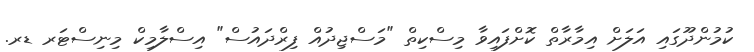
ކުމުންދޫގައި އަލަށް އިމާރާތް ކޮށްފައިވާ މިސްކިތް "މަސްޖިދުއް ފިރްދައުސް" އިސްލާމިކް މިނިސްޓަރ ޑރ.